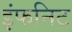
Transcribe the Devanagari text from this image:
इंफनिट